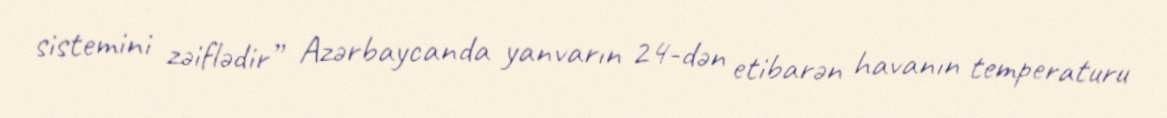
sistemini zəiflədir” Azərbaycanda yanvarın 24-dən etibarən havanın temperaturu